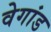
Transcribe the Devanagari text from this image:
वेगांड